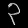
Digit: ၃